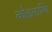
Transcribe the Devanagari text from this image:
कोइलाण्डि